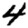
Digit: 4